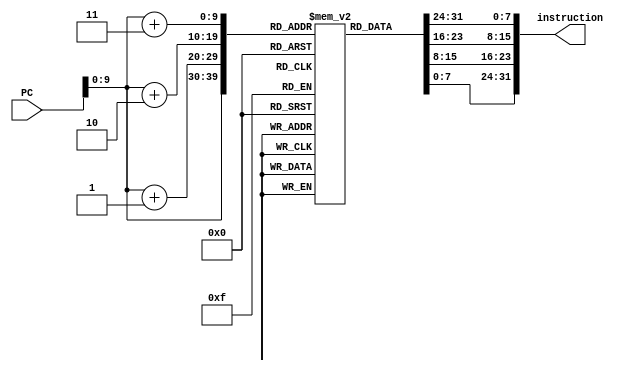
module Instruction_Memory(
	input [31:0] PC,
	output [31:0] instruction);
	
	
	reg [7:0] memory [0:1023];
	
	initial
		begin
			//Byte addressable memory
			memory[0] = 8'b00100000;//ShiftAmt=0; Function=Add // Add r2, r0, r1
			memory[1] = 8'b00010000;// Rd = 2;
			memory[2] = 8'b00000001;//Rs = 0; Rt = 1
			memory[3] = 8'b00000000;//R-type; //-----MSB Instruction 0-----//
			memory[4] = 8'b00100010;//LSB Instruction 1
			memory[5] = 8'b00010000;
			memory[6] = 8'b01000010; //Sub R1, R1, R1
			memory[7] = 8'b00000000;//R-type sub instruction //-----MSB Instruction 1-----//
			memory[8] = 8'b00010000;//----------------
			memory[9] = 8'b00000000;
			memory[10] = 8'b01000010; // Addi R2, R2, 16
			memory[11] = 8'b00100000;//----------------
			memory[12] = 8'b00000100;//----------------
			memory[13] = 8'b00000000;
			memory[14] = 8'b10100100; //LW R4, 4(R5)
			memory[15] = 8'b10001100;//----------------
			memory[16] = 8'b00000000;//----------------
			memory[17] = 8'b00000000;
			memory[18] = 8'b10100100; //SW R4, 0(R5)
			memory[19] = 8'b10101100;//----------------
			memory[20] = 8'b00100100;//----------------
			memory[21] = 8'b00000000;
			memory[22] = 8'b00000000; //J PC+16
			memory[23] = 8'b00001000;//----------------
			memory[36] = 8'b00001000;//----------------
			memory[37] = 8'b00000000;
			memory[38] = 8'b01000001;//BNE R2, R1, 8
			memory[39] = 8'b00010100;//----------------
		end
	
	//Each instruction is composed of 1-word or 4-bytes of the memory array
	assign instruction = {memory[PC+3], memory[PC+2], memory[PC+1], memory[PC]};
	
endmodule